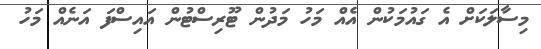
މިސާލަކަށް އެ ގައުމަކުން އެއް މަހު މަދުން ޓޫރިސްޓުން އައިސްފަ އަނެއް މަހު